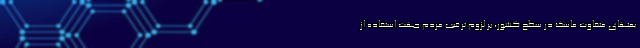
یمتهای متفاوت ماسک در سطح کشور، بر لزوم ترغیب مردم جهت استفاده از